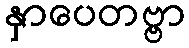
နှာပေတဗ္ဗာ